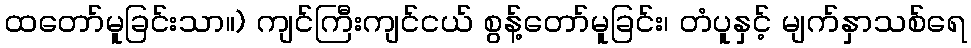
ထတော်မူခြင်းသာ။) ကျင်ကြီးကျင်ငယ် စွန့်တော်မူခြင်း၊ တံပူနှင့် မျက်နှာသစ်ရေ